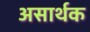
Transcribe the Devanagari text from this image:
असार्थक